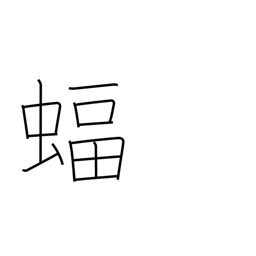
Meaning: bat